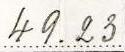
49.23